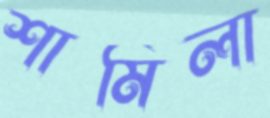
শামিলা